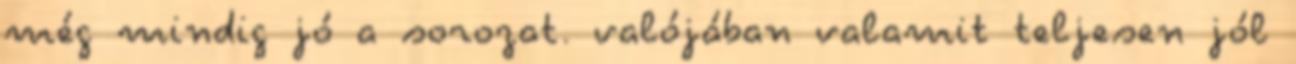
még mindig jó a sorozat. valójában valamit teljesen jól